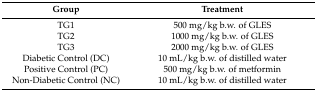
<table><thead><tr><td><b>Group</b></td><td><b>Treatment</b></td></tr></thead><tbody><tr><td>TG1</td><td>500 mg/kg b.w. of GLES</td></tr><tr><td>TG2</td><td>1000 mg/kg b.w. of GLES</td></tr><tr><td>TG3</td><td>2000 mg/kg b.w. of GLES</td></tr><tr><td>Diabetic Control (DC)</td><td>10 mL/kg b.w. of distilled water</td></tr><tr><td>Positive Control (PC)</td><td>500 mg/kg b.w. of metformin</td></tr><tr><td>Non-Diabetic Control (NC)</td><td>10 mL/kg b.w. of distilled water</td></tr></tbody></table>